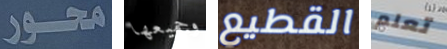
محور وجميعها القطيع تعلم